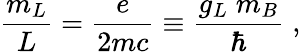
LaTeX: \frac{m_{L}}{L}=\frac{e}{2mc}\equiv\frac{g_{L}\; m_{B}}{\hbar}\; ,